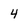
Character: 4